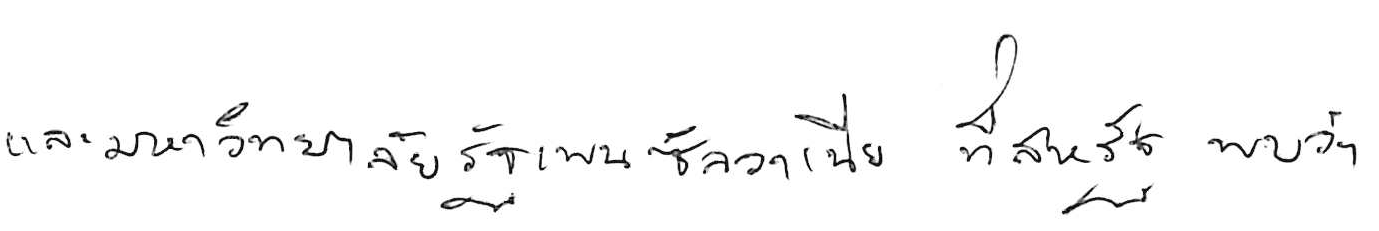
และมหาวิทยาลัยรัฐเพนซิลวาเนีย ที่สหรัฐ พบว่า